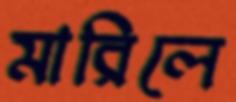
মারিলে